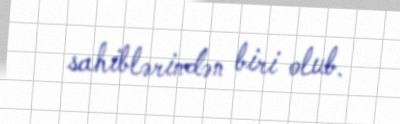
sahiblərindən biri olub.